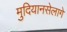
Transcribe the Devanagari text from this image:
मुदियानसेलागे